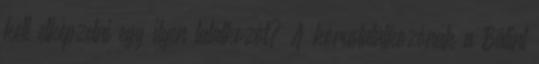
kell elképzelni egy ilyen találkozót? A kórustalálkozónak a Bálint